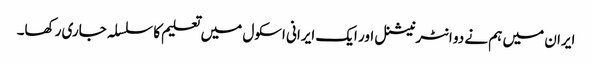
ایران میں ہم نے دو انٹرنیشنل اور ایک ایرانی اسکول میں تعلیم کا سلسلہ جاری رکھا۔